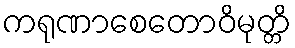
ကရုဏာစေတောဝိမုတ္တိ